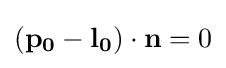
(\mathbf {p_{0}} -\mathbf {l_{0}} )\cdot \mathbf {n} =0